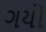
ગયો